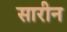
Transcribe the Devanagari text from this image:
सारीन